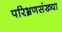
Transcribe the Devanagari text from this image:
परिभ्रणसंख्या